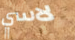
لاسي